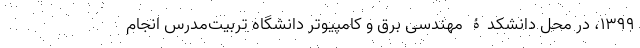
۱۳۹۹، در محل دانشکدۀ مهندسی برق و کامپیوتر دانشگاه تربیت‌مدرس انجام